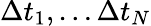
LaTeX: \Delta t_{1},\dots\Delta t_{N}